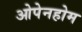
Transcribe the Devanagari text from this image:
ओपेनहोम